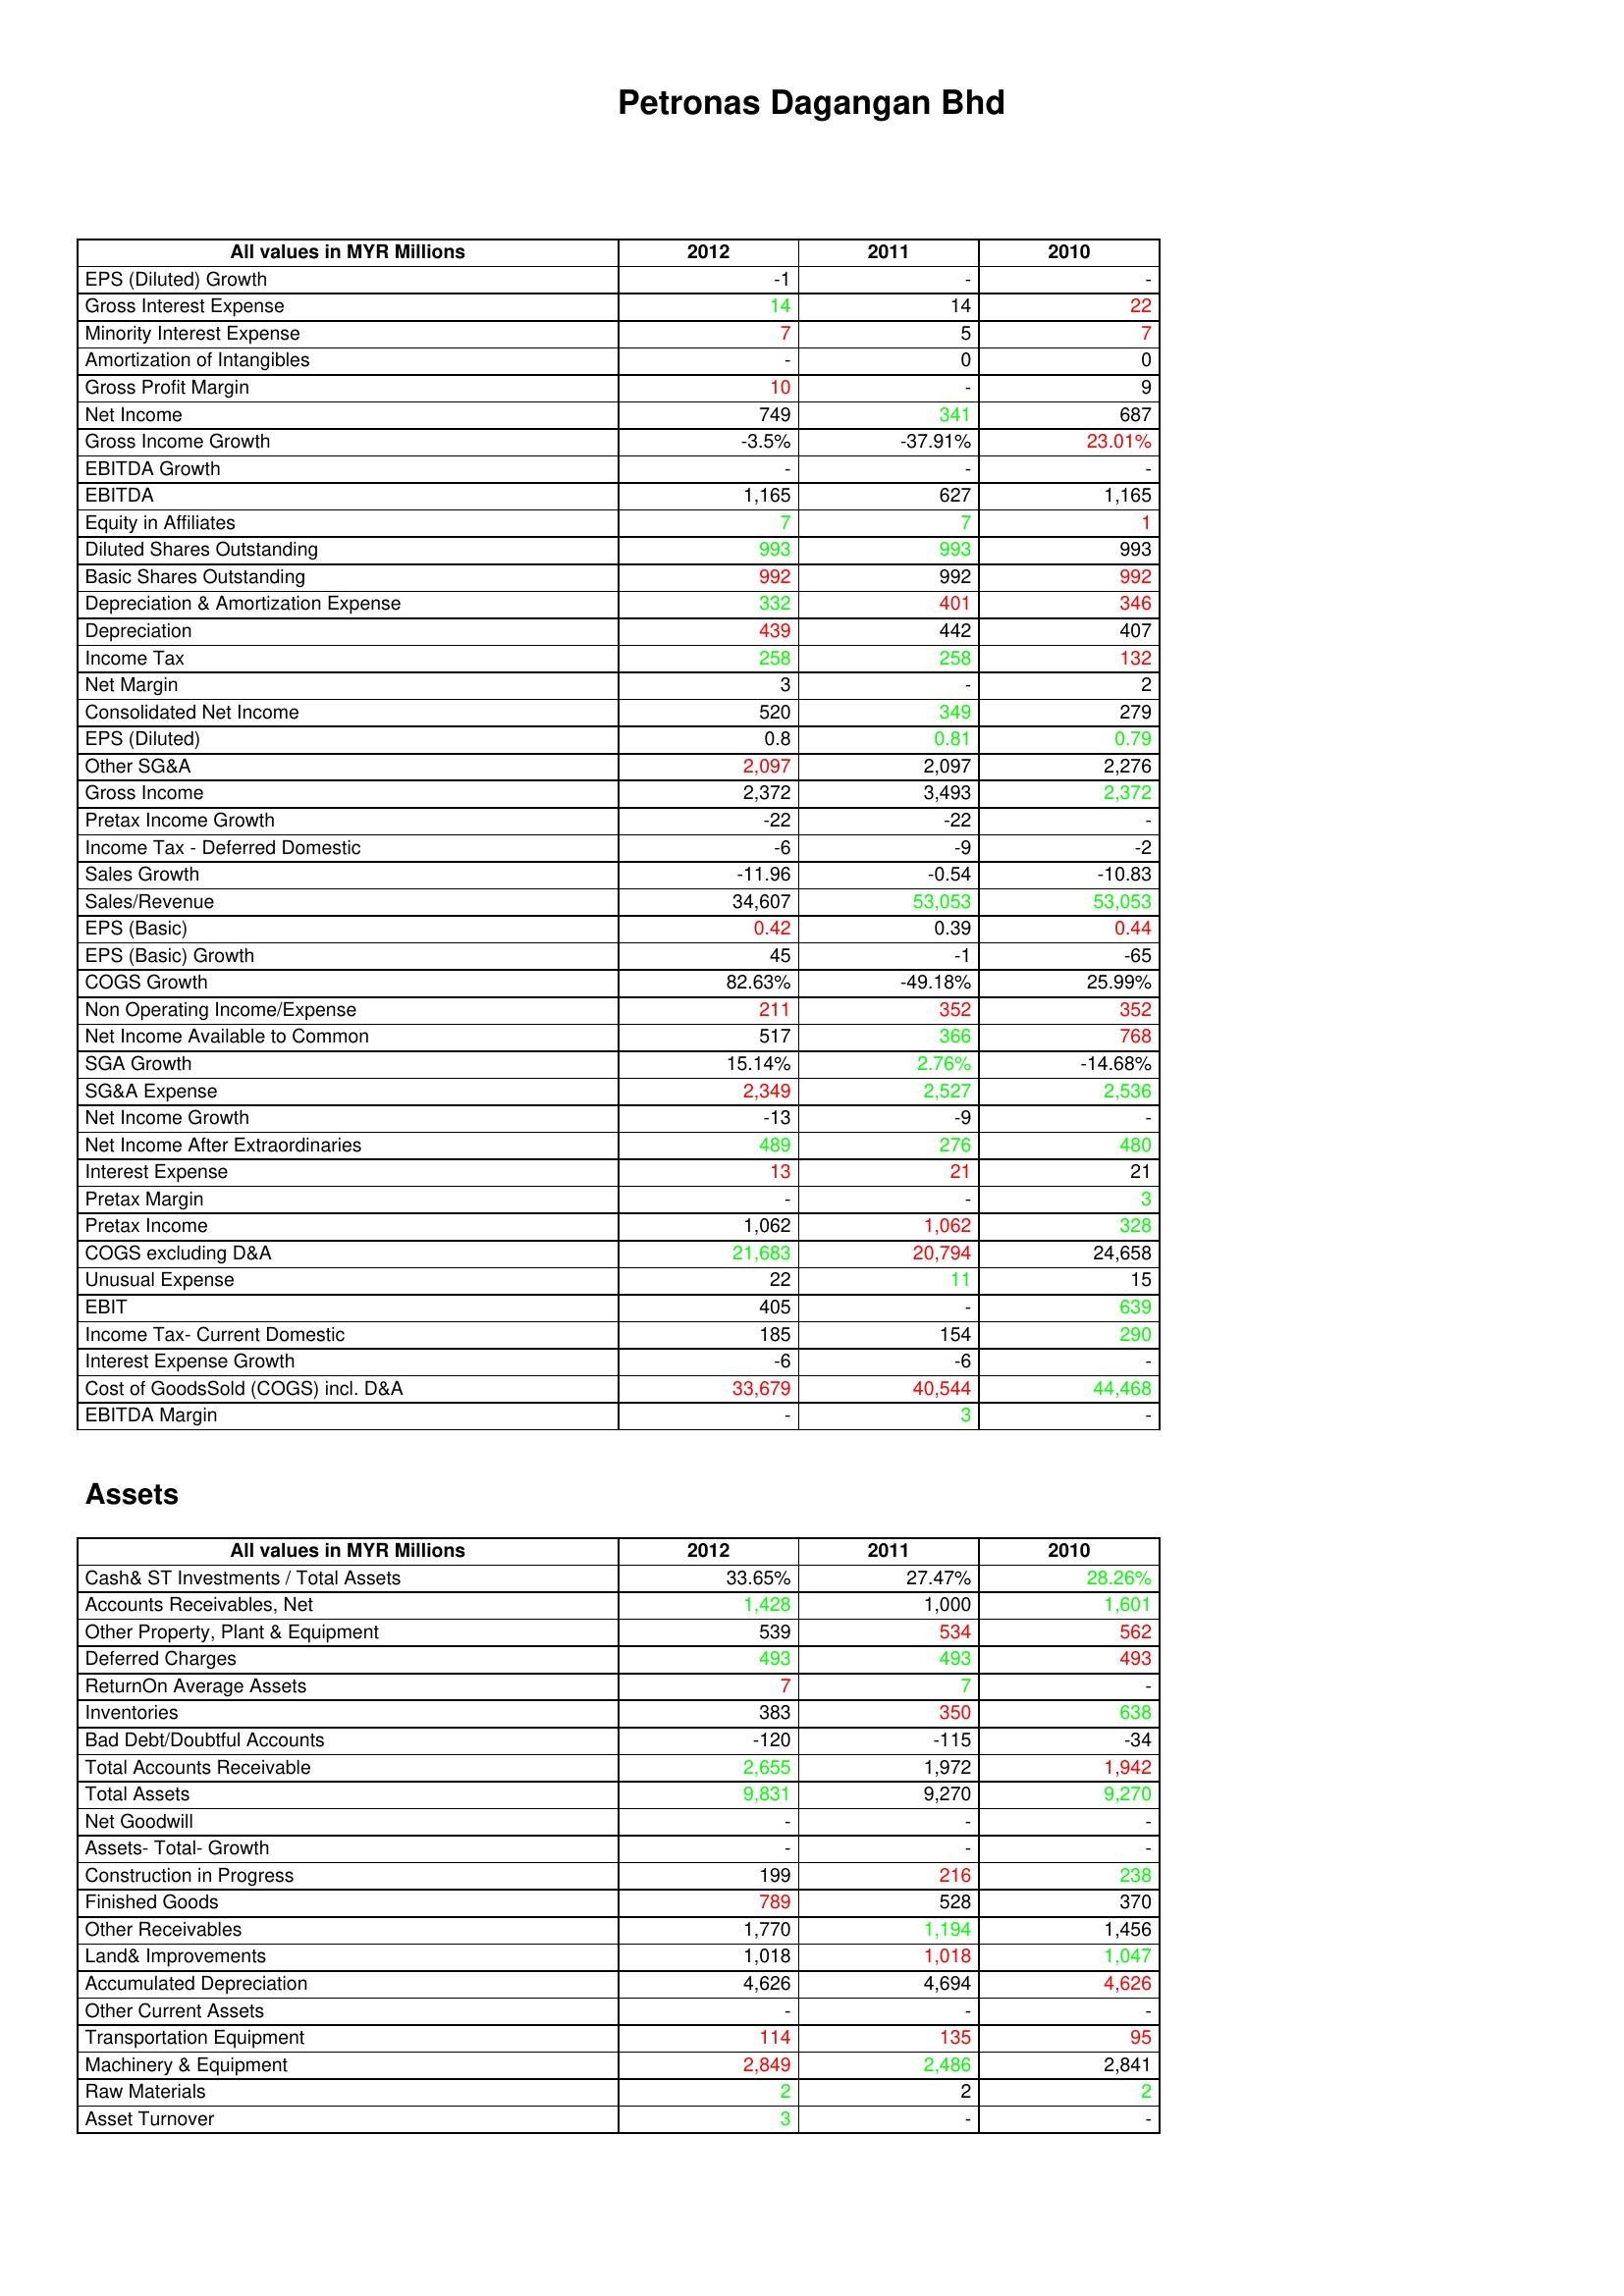
gt_parse: 2012: : EPS (Diluted) Growth: -1
Gross Interest Expense: 14
Minority Interest Expense: 7
Amortization of Intangibles: -
Gross Profit Margin: 10
Net Income: 749
Gross Income Growth: -3.5%
EBITDA Growth: -
EBITDA: 1,165
Equity in Affiliates: 7
Diluted Shares Outstanding: 993
Basic Shares Outstanding: 992
Depreciation & Amortization Expense: 332
Depreciation: 439
Income Tax: 258
Net Margin: 3
Consolidated Net Income: 520
EPS (Diluted): 0.8
Other SG&A: 2,097
Gross Income: 2,372
Pretax Income Growth: -22
Income Tax - Deferred Domestic: -6
Sales Growth: -11.96
Sales/Revenue: 34,607
EPS (Basic): 0.42
EPS (Basic) Growth: 45
COGS Growth: 82.63%
Non Operating Income/Expense: 211
Net Income Available to Common: 517
SGA Growth: 15.14%
SG&A Expense: 2,349
Net Income Growth: -13
Net Income After Extraordinaries: 489
Interest Expense: 13
Pretax Margin: -
Pretax Income: 1,062
COGS excluding D&A: 21,683
Unusual Expense: 22
EBIT: 405
Income Tax- Current Domestic: 185
Interest Expense Growth: -6
Cost of GoodsSold (COGS) incl. D&A: 33,679
EBITDA Margin: -
Assets: Cash& ST Investments / Total Assets: 33.65%
Accounts Receivables, Net: 1,428
Other Property, Plant & Equipment: 539
Deferred Charges: 493
ReturnOn Average Assets: 7
Inventories: 383
Bad Debt/Doubtful Accounts: -120
Total Accounts Receivable: 2,655
Total Assets: 9,831
Net Goodwill: -
Assets- Total- Growth: -
Construction in Progress: 199
Finished Goods: 789
Other Receivables: 1,770
Land& Improvements: 1,018
Accumulated Depreciation: 4,626
Other Current Assets: -
Transportation Equipment: 114
Machinery & Equipment: 2,849
Raw Materials: 2
Asset Turnover: 3
2011: : EPS (Diluted) Growth: -
Gross Interest Expense: 14
Minority Interest Expense: 5
Amortization of Intangibles: 0
Gross Profit Margin: -
Net Income: 341
Gross Income Growth: -37.91%
EBITDA Growth: -
EBITDA: 627
Equity in Affiliates: 7
Diluted Shares Outstanding: 993
Basic Shares Outstanding: 992
Depreciation & Amortization Expense: 401
Depreciation: 442
Income Tax: 258
Net Margin: -
Consolidated Net Income: 349
EPS (Diluted): 0.81
Other SG&A: 2,097
Gross Income: 3,493
Pretax Income Growth: -22
Income Tax - Deferred Domestic: -9
Sales Growth: -0.54
Sales/Revenue: 53,053
EPS (Basic): 0.39
EPS (Basic) Growth: -1
COGS Growth: -49.18%
Non Operating Income/Expense: 352
Net Income Available to Common: 366
SGA Growth: 2.76%
SG&A Expense: 2,527
Net Income Growth: -9
Net Income After Extraordinaries: 276
Interest Expense: 21
Pretax Margin: -
Pretax Income: 1,062
COGS excluding D&A: 20,794
Unusual Expense: 11
EBIT: -
Income Tax- Current Domestic: 154
Interest Expense Growth: -6
Cost of GoodsSold (COGS) incl. D&A: 40,544
EBITDA Margin: 3
Assets: Cash& ST Investments / Total Assets: 27.47%
Accounts Receivables, Net: 1,000
Other Property, Plant & Equipment: 534
Deferred Charges: 493
ReturnOn Average Assets: 7
Inventories: 350
Bad Debt/Doubtful Accounts: -115
Total Accounts Receivable: 1,972
Total Assets: 9,270
Net Goodwill: -
Assets- Total- Growth: -
Construction in Progress: 216
Finished Goods: 528
Other Receivables: 1,194
Land& Improvements: 1,018
Accumulated Depreciation: 4,694
Other Current Assets: -
Transportation Equipment: 135
Machinery & Equipment: 2,486
Raw Materials: 2
Asset Turnover: -
2010: : EPS (Diluted) Growth: -
Gross Interest Expense: 22
Minority Interest Expense: 7
Amortization of Intangibles: 0
Gross Profit Margin: 9
Net Income: 687
Gross Income Growth: 23.01%
EBITDA Growth: -
EBITDA: 1,165
Equity in Affiliates: 1
Diluted Shares Outstanding: 993
Basic Shares Outstanding: 992
Depreciation & Amortization Expense: 346
Depreciation: 407
Income Tax: 132
Net Margin: 2
Consolidated Net Income: 279
EPS (Diluted): 0.79
Other SG&A: 2,276
Gross Income: 2,372
Pretax Income Growth: -
Income Tax - Deferred Domestic: -2
Sales Growth: -10.83
Sales/Revenue: 53,053
EPS (Basic): 0.44
EPS (Basic) Growth: -65
COGS Growth: 25.99%
Non Operating Income/Expense: 352
Net Income Available to Common: 768
SGA Growth: -14.68%
SG&A Expense: 2,536
Net Income Growth: -
Net Income After Extraordinaries: 480
Interest Expense: 21
Pretax Margin: 3
Pretax Income: 328
COGS excluding D&A: 24,658
Unusual Expense: 15
EBIT: 639
Income Tax- Current Domestic: 290
Interest Expense Growth: -
Cost of GoodsSold (COGS) incl. D&A: 44,468
EBITDA Margin: -
Assets: Cash& ST Investments / Total Assets: 28.26%
Accounts Receivables, Net: 1,601
Other Property, Plant & Equipment: 562
Deferred Charges: 493
ReturnOn Average Assets: -
Inventories: 638
Bad Debt/Doubtful Accounts: -34
Total Accounts Receivable: 1,942
Total Assets: 9,270
Net Goodwill: -
Assets- Total- Growth: -
Construction in Progress: 238
Finished Goods: 370
Other Receivables: 1,456
Land& Improvements: 1,047
Accumulated Depreciation: 4,626
Other Current Assets: -
Transportation Equipment: 95
Machinery & Equipment: 2,841
Raw Materials: 2
Asset Turnover: -